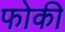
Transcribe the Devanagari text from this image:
फोकी